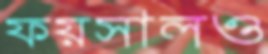
ফয়সালও